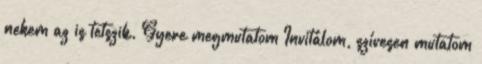
nekem az is tetszik. Gyere megmutatom Invitálom, szívesen mutatom